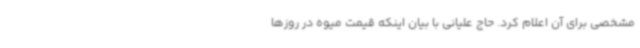
مشخصی برای آن اعلام کرد. حاج علیانی با بیان اینکه قیمت میوه در روزها